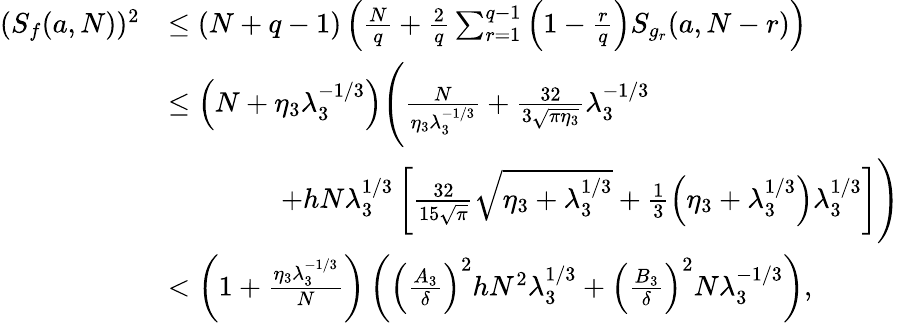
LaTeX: \begin{array}{rl}{(S_{f}(a,N))^{2}}&{\le\left(N+q-1\right)\left(\frac{N}{q}+\frac{2}{q}\sum_{r=1}^{q-1}\left(1-\frac{r}{q}\right)S_{g_{r}}(a,N-r)\right)}\\ &{\le\left(N+\eta_{3}\lambda_{3}^{-1/3}\right)\Bigg(\frac{N}{\eta_{3}\lambda_{3}^{-1/3}}+\frac{32}{3\sqrt{\pi\eta_{3}}}\lambda_{3}^{-1/3}}\\ &{\qquad\qquad+hN\lambda_{3}^{1/3}\left[\frac{32}{15\sqrt{\pi}}\sqrt{\eta_{3}+\lambda_{3}^{1/3}}+\frac{1}{3}\left(\eta_{3}+\lambda_{3}^{1/3}\right)\lambda_{3}^{1/3}\right]\Bigg)}\\ &{<\left(1+\frac{\eta_{3}\lambda_{3}^{-1/3}}{N}\right)\left(\left(\frac{A_{3}}{\delta}\right)^{2}hN^{2}\lambda_{3}^{1/3}+\left(\frac{B_{3}}{\delta}\right)^{2}N\lambda_{3}^{-1/3}\right),}\end{array}